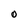
Character: 0